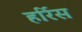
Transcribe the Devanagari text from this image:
हर्रिस